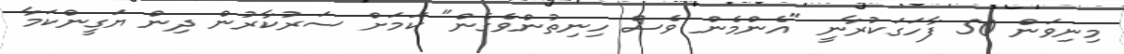
މިނިވަން 50 ފާހަގަކުރާނީ "އެންމެން ވެސް ހިނިތުންވެގެން" ކަމަށް ސަރުކާރުން ދިން ޔަގީންކަމާ